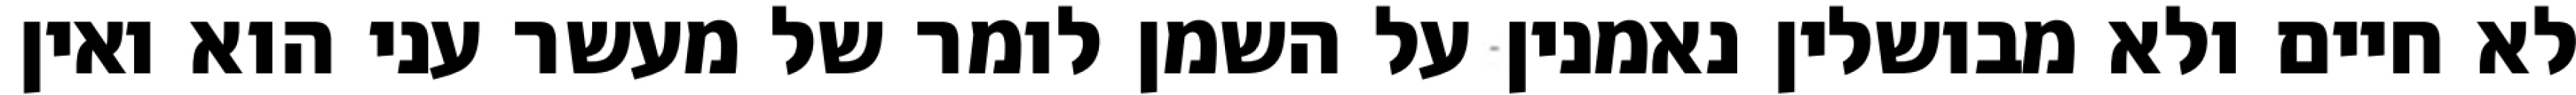
לא חיים ולא מבושלין נאמנין על השמן לומר של מעשר עני הוא ואין